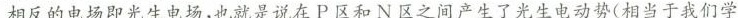
相反的电场即光生电场，也就是说在P区和N区之间产生了光生电动势(相当于我们学